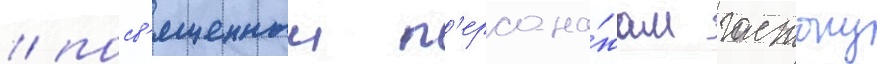
/ посв'ященныи п'ерсона́жам гастону